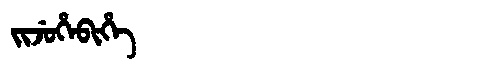
Manchu: ᠵᡳᠵᡠᡥᡝᠪᡳᡥᡝ
Romanization: JIJUHEBIHE